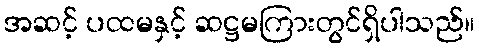
အဆင့် ပထမနှင့် ဆဋ္ဌမကြားတွင်ရှိပါသည်။